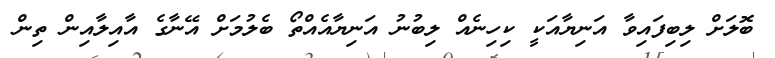
ބޮލަށް ލިބިފައިވާ އަނިޔާއަކީ ކިހިނެއް ލިބުނު އަނިޔާއެއްތޯ ބެލުމަށް އޭނާގެ އާއިލާއިން ތިން